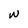
Character: w